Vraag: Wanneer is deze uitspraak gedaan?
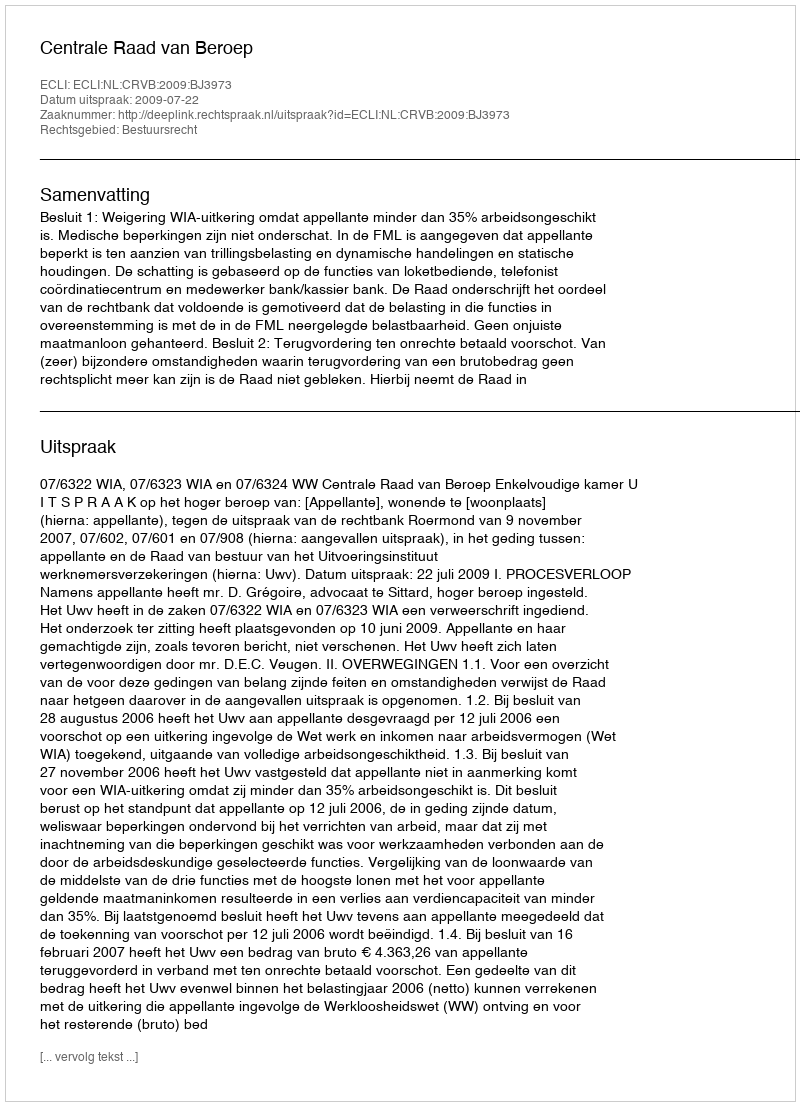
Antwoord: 2009-07-22